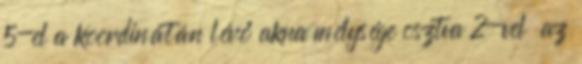
5-el a koordinátán lévő akna mélysége osztva 2-vel az